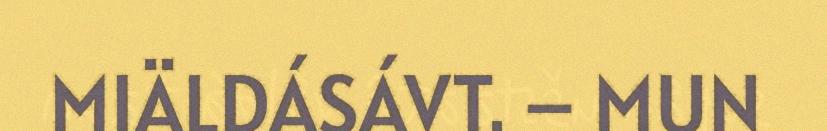
MIÄLDÁSÁVT. – MUN